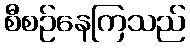
စီစဉ်နေကြသည်